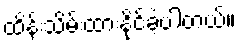
ထိန်းသိမ်းထားနိုင်ခဲ့ပါတယ်။